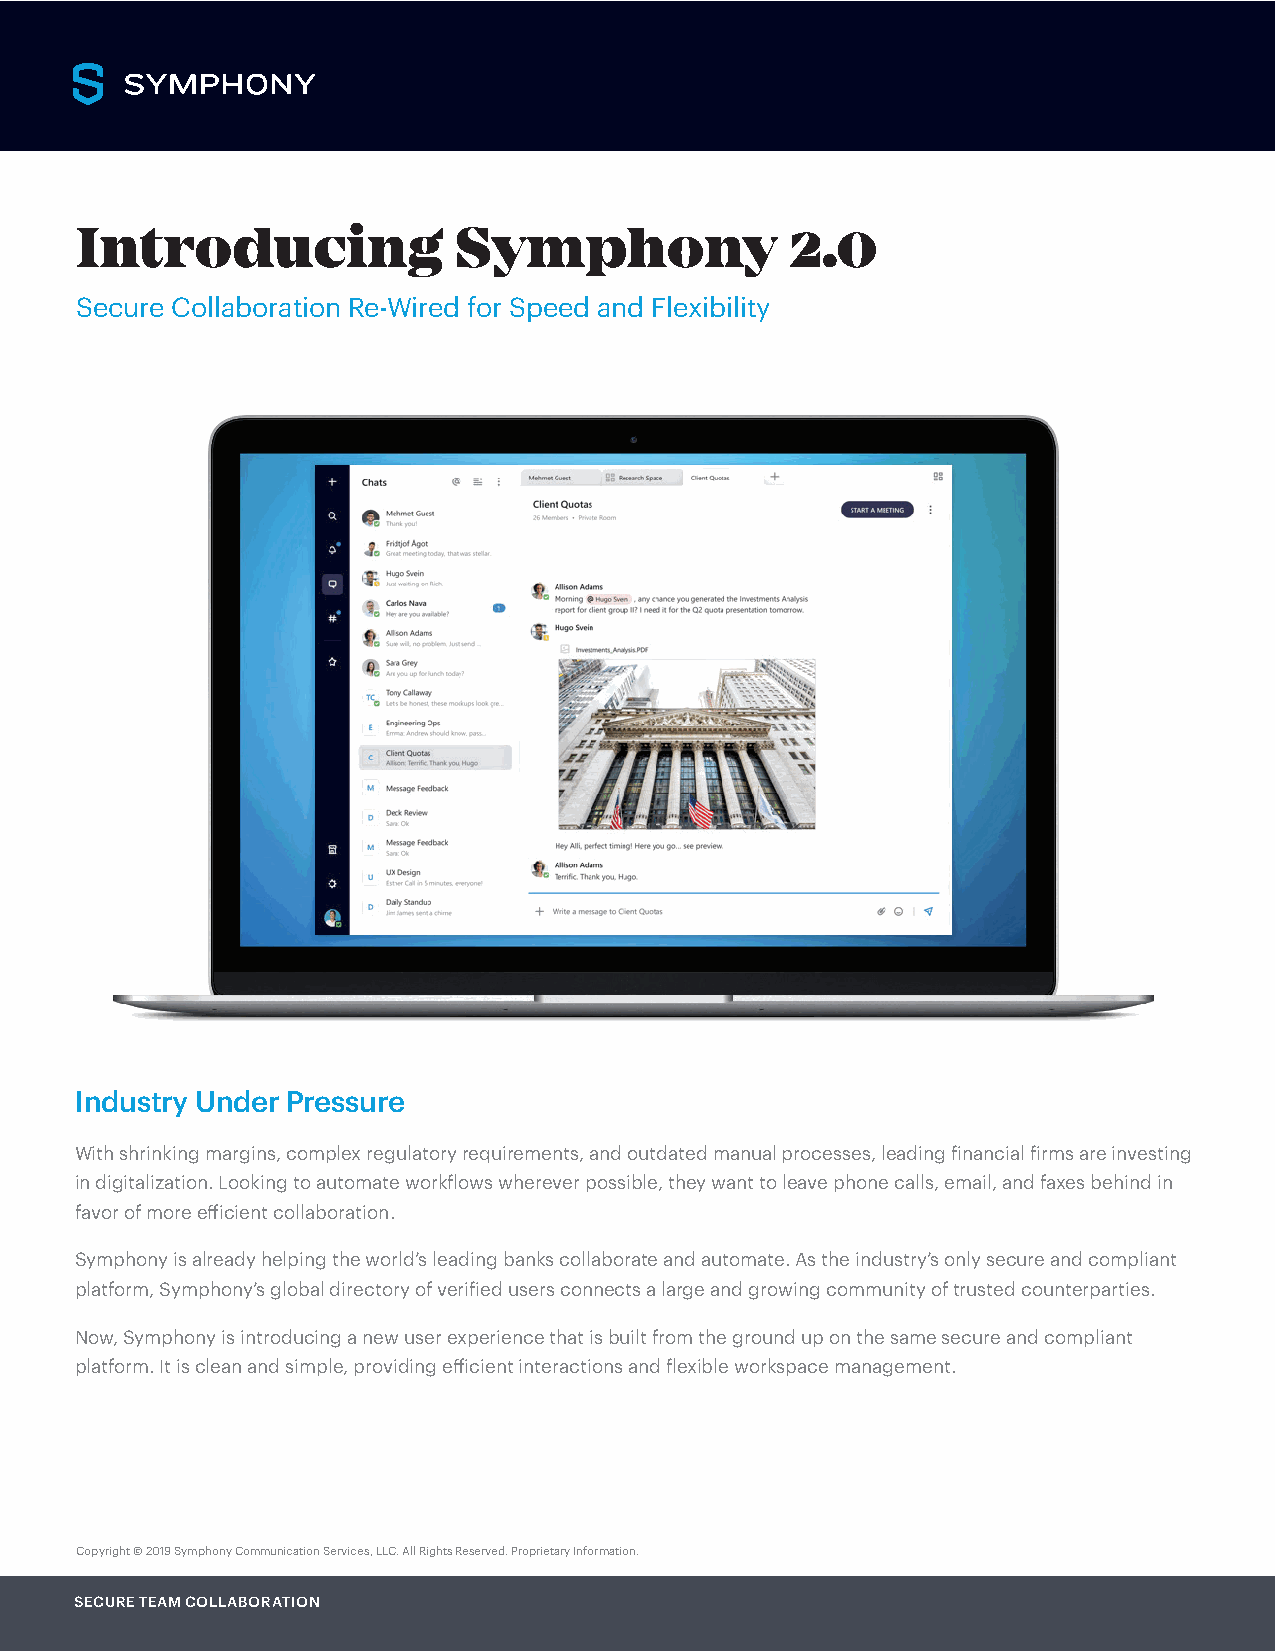
Introducing              Symphony              2.0
 Secure Collaboration Re-Wired for Speed and Flexibility
 Industry Under Pressure
 With shrinking margins, complex regulatory requirements, and outdated manual processes, leading financial firms are investing
 in digitalization. Looking to automate workflows wherever possible, they want to leave phone calls, email, and faxes behind in
 favor of more efficient collaboration.
 Symphony is already helping the world’s leading banks collaborate and automate. As the industry’s only secure and compliant
 platform, Symphony’s global directory of verified users connects a large and growing community of trusted counterparties.
 Now, Symphony is introducing a new user experience that is built from the ground up on the same secure and compliant
 platform. It is clean and simple, providing efficient interactions and flexible workspace management.
 Copyright © 2019 Symphony Communication Services, LLC. All Rights Reserved. Proprietary Information.
 SECURE TEAM COLLABORATION